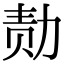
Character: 𪟝